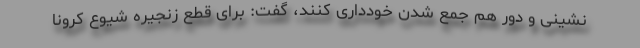
نشینی و دور هم جمع شدن خودداری کنند، گفت: برای قطع زنجیره شیوع کرونا